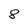
Character: 8